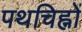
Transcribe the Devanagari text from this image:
पथचिह्नों